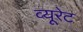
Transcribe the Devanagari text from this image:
व्यूरेट